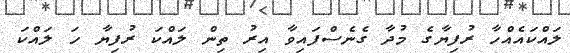
ލައްކައެއްހާ ރުފިޔާގެ މުދާ ގެނެސްފައިވާ އިރު ތިން ލައްކަ ރުފިޔާ ހަ ލައްކަ